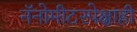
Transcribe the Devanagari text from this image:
नॅनोमीटरपेक्षाही